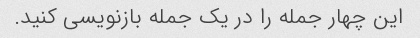
این چهار جمله را در یک جمله بازنویسی کنید.